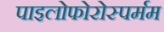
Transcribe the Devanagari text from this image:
पाइलोफोरोस्पर्मम